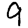
Digit: 9